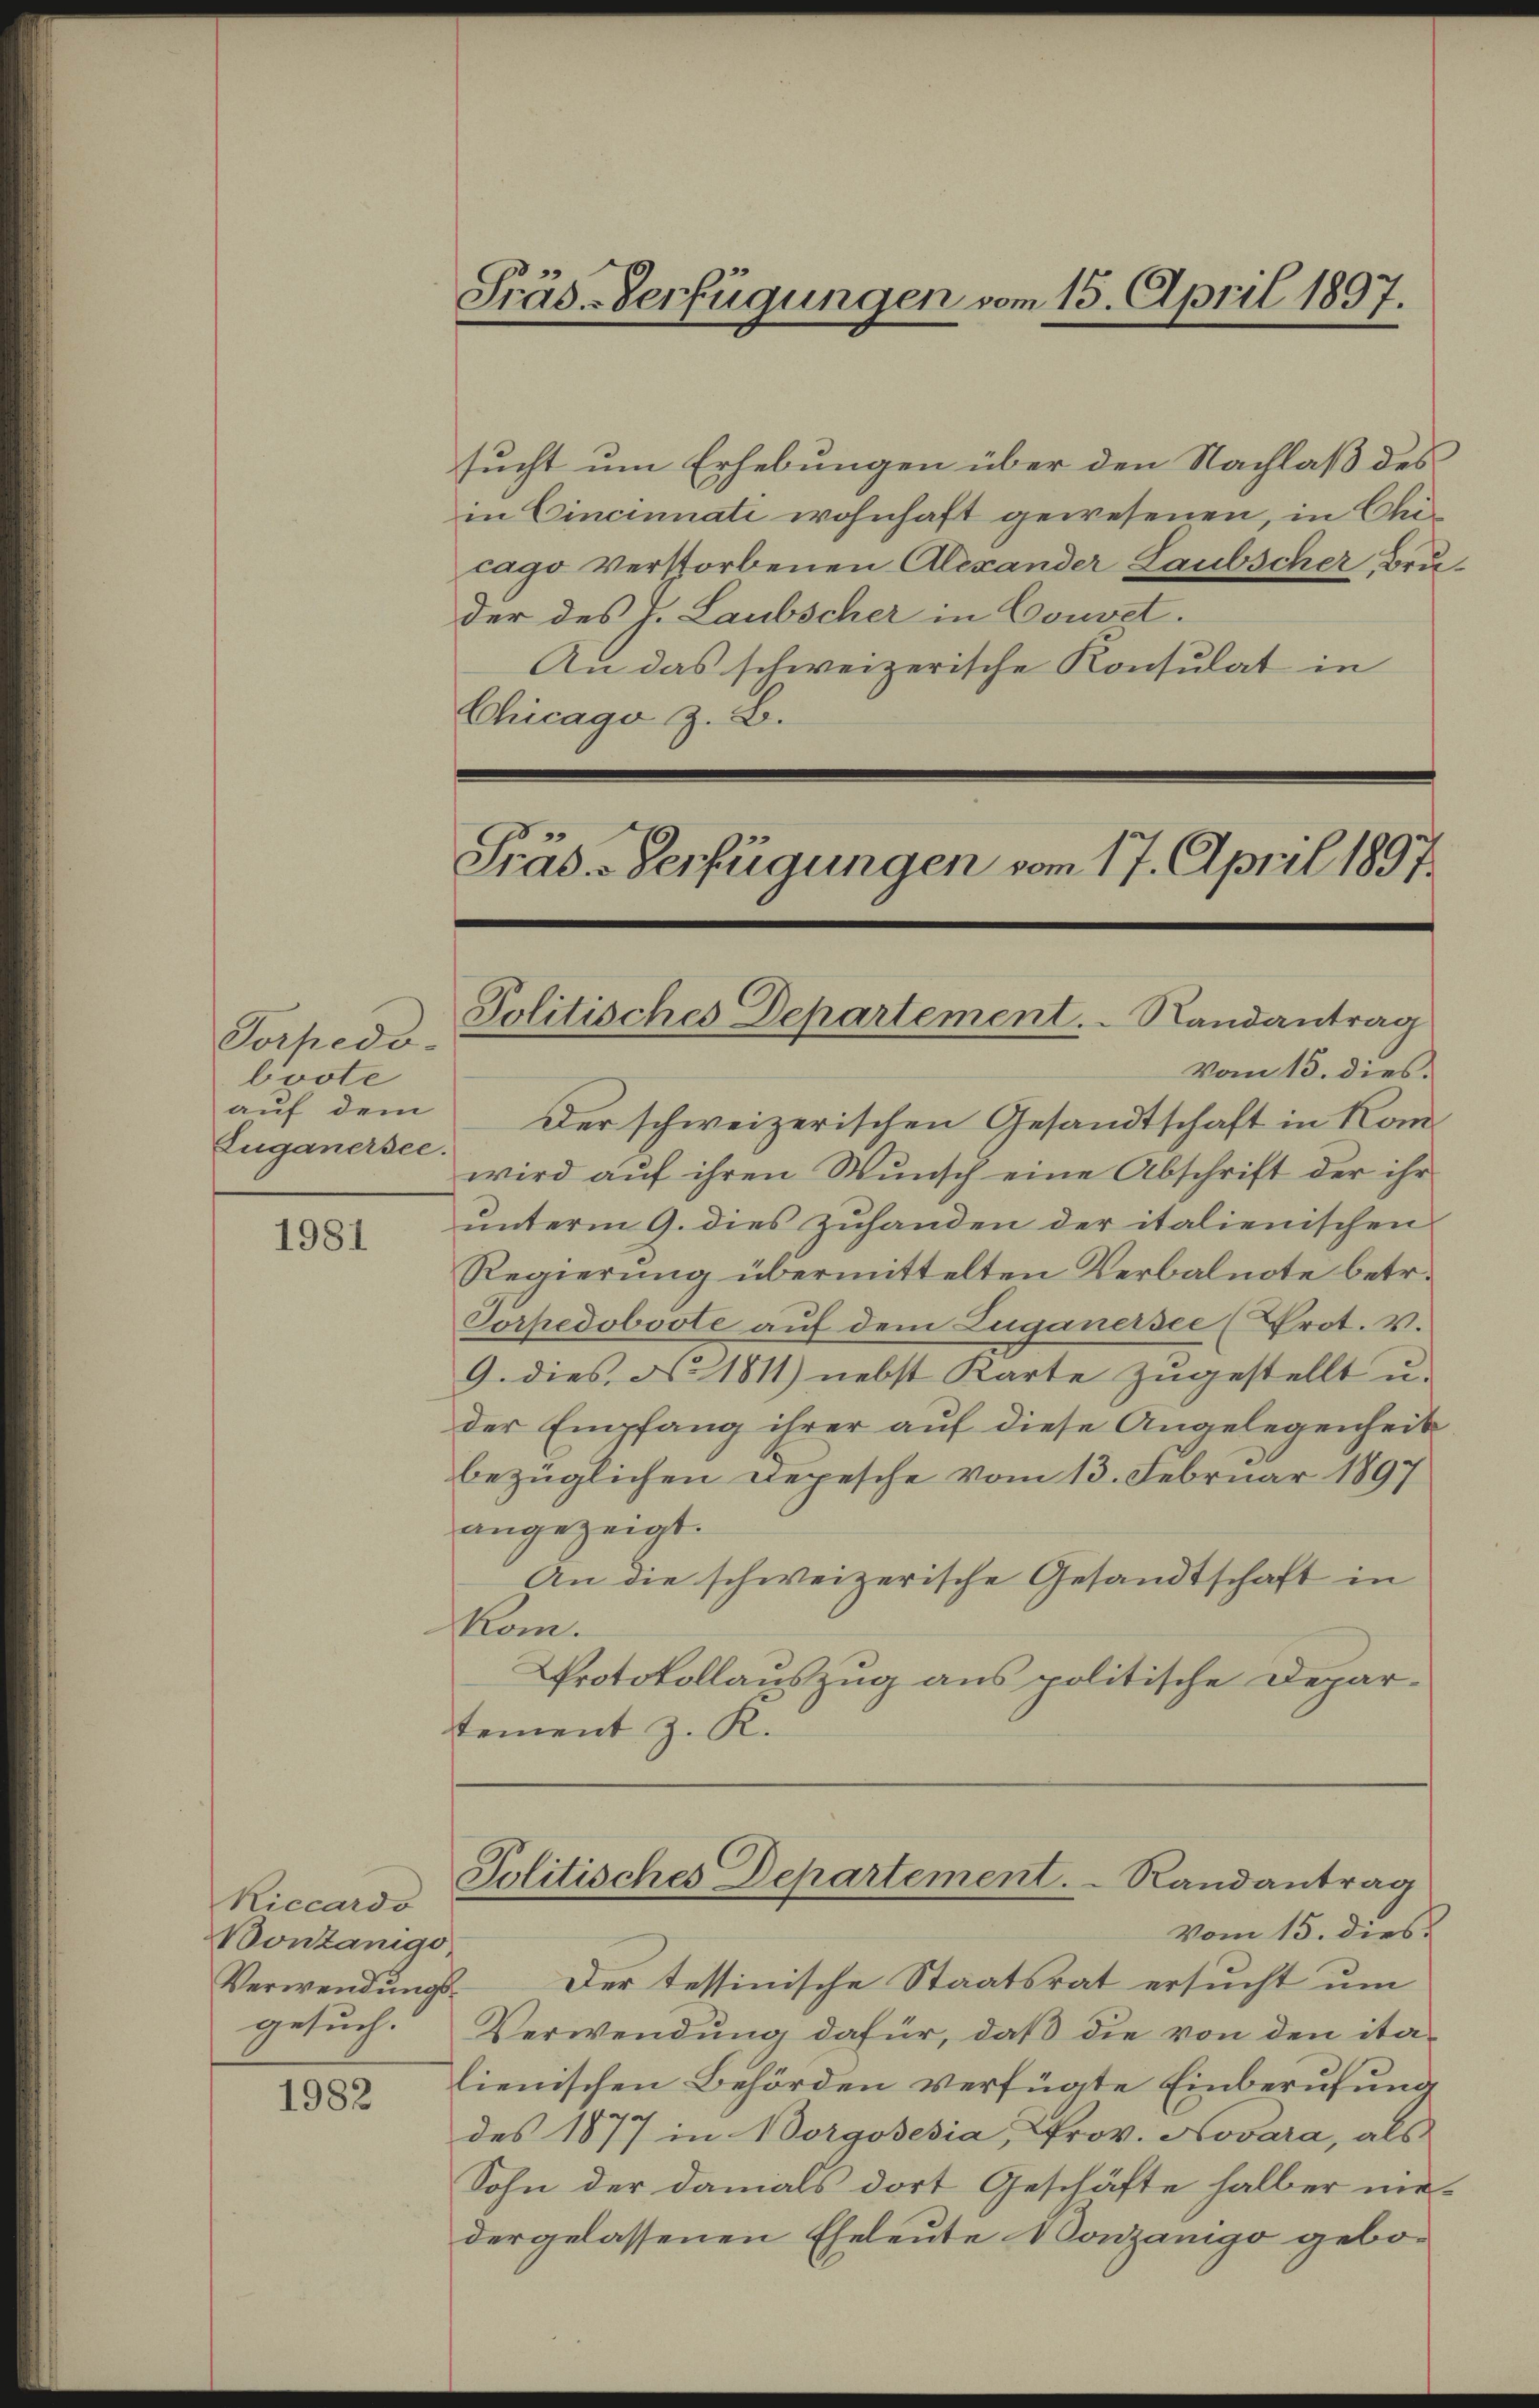
Torpedo.
boote
Zuganersee.

1981

Riccardo
Bontanigo,
Verwendungsgesuch.

1982

Präs-Verfügungen vom 15. April 1897.

sucht um Erhebungen über den Nachlaß des
in Cincinnati wohnhaft gewesenen, in Chicago verstorbenen Alexander Laubscher Bruder des J. Laubscher in Convet.
An das schweizerische Konsulat in
Chicago z. B.
Präd-Verfügungen vom 17. April 1897.

Politisches Departement. Randantrag

vom 15. dies
aŭf dem Der schweizerischen Gesandtschaft in Kom
wird auf ihren Wunsch eine Abschrift der ihr
unterm 9. dies zuhanden der italienischen
Regierung übermittelten Verbalnote betr.
Porpedoboote auf dem Luganersee (Prot. v.
9. dies No 1811) nebst Karte zugestellt u.
der Empfang ihrer auf diese Angelegenheit
bezüglichen Depesche vom 13. Februar 1897
angezeigt.
An die schweizerische Gesandtschaft in
Kom.
Protokollauszug aus politische Departement z. R.

Politisches Departement.   Randantrag
Vom 15. dies

Der tessinische Staatsrat ersucht um
Verwendung dafür, daß die von den italienischen Behörden verfügte Einberufung
des 1877 in Borgosesia Prov. Novara, als
Sohn der damals dort Geschäfte halber nie-
dergelassenen Eheleute Nonzanigo gebo¬